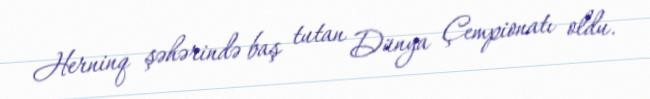
Herninq şəhərində baş tutan Dünya Çempionatı oldu.